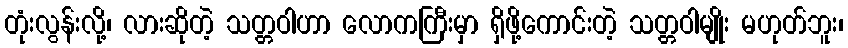
တုံးလွန်းလို့၊ လားဆိုတဲ့ သတ္တဝါဟာ လောကကြီးမှာ ရှိဖို့ကောင်းတဲ့ သတ္တဝါမျိုး မဟုတ်ဘူး၊